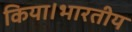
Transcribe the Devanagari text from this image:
किया।भारतीय